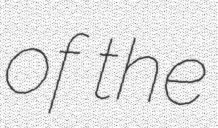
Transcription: of the